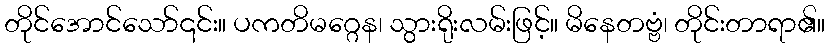
တိုင်အောင်သော်၎င်း။ ပကတိမဂ္ဂေန၊ သွားရိုးလမ်းဖြင့်။ မိနေတဗ္ဗံ၊ တိုင်းတာရာ၏။